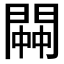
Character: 𨵓